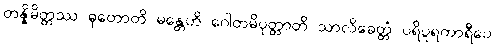
တန္နိမိတ္တဿ ဓုတောတိ မန္တေဟိ ဂေါတမိပုတ္တာတိ သာလိခေတ္တံ ပရိပူရကာရီပေ